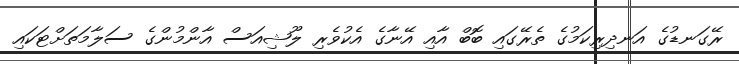
ރޭގަނޑުގެ އަނދިރިކަމުގެ ތެރޭގައި ބޮބް އާއި އޭނާގެ އެކުވެރި ލޫޝިއަސް އާންމުންގެ ސަލާމަތަށްޓަކައި